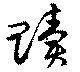
贖